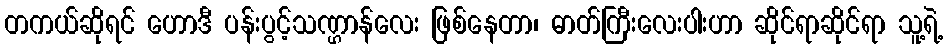
တကယ်ဆိုရင် ဟောဒီ ပန်းပွင့်သဏ္ဌာန်လေး ဖြစ်နေတာ၊ ဓာတ်ကြီးလေးပါးဟာ ဆိုင်ရာဆိုင်ရာ သူ့ရဲ့